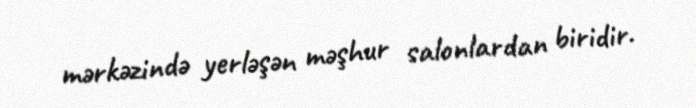
mərkəzində yerləşən məşhur salonlardan biridir.